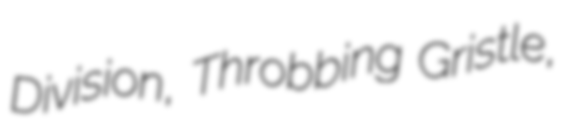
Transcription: Division, Throbbing Gristle,